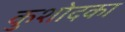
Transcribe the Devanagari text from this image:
कुशोदका